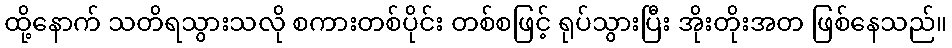
ထို့နောက် သတိရသွားသလို စကားတစ်ပိုင်း တစ်စဖြင့် ရုပ်သွားပြီး အိုးတိုးအတ ဖြစ်နေသည်။